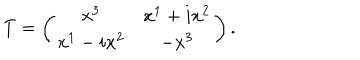
LaTeX: T = \left( \begin{matrix} { { x ^ { 3 } } } & { { x ^ { 1 } + i x ^ { 2 } } } \\ { { x ^ { 1 } - i x ^ { 2 } } } & { { - x ^ { 3 } } } \\ \end{matrix} \right) .